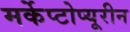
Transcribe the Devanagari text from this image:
मर्केप्टोप्यूरीन